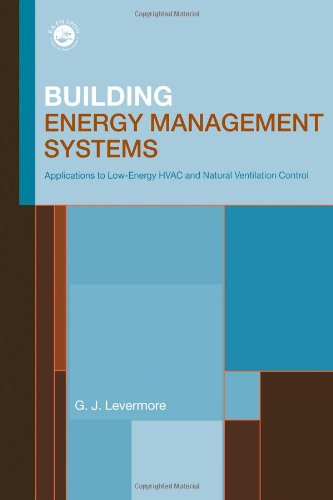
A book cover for Building Energy Management Systems: An Application to Heating, Natural Ventilation, Lighting and Occupant Satisfaction; Geoff Levermore; Crafts, Hobbies & Home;